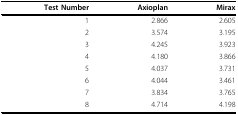
<table><thead><tr><td><b>Test Number</b></td><td><b>Axioplan</b></td><td><b>Mirax</b></td></tr></thead><tbody><tr><td>1</td><td>2.866</td><td>2.605</td></tr><tr><td>2</td><td>3.574</td><td>3.195</td></tr><tr><td>3</td><td>4.245</td><td>3.923</td></tr><tr><td>4</td><td>4.180</td><td>3.866</td></tr><tr><td>5</td><td>4.037</td><td>3.731</td></tr><tr><td>6</td><td>4.044</td><td>3.461</td></tr><tr><td>7</td><td>3.834</td><td>3.765</td></tr><tr><td>8</td><td>4.714</td><td>4.198</td></tr></tbody></table>